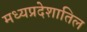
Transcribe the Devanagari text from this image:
मध्यप्रदेशातिल